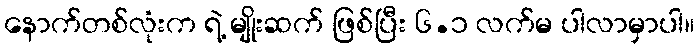
နောက်တစ်လုံးက ရဲ့ မျိုးဆက် ဖြစ်ပြီး ၆.၁ လက်မ ပါလာမှာပါ။